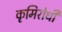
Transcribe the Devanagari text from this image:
कृमिरोधी